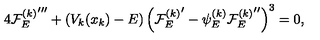
4 { { \cal F } _ { E } ^ { ( k ) } } ^ { \prime \prime \prime } + ( V _ { k } ( x _ { k } ) - E ) \left( { { \cal F } _ { E } ^ { ( k ) } } ^ { \prime } - \psi _ { E } ^ { ( k ) } { { \cal F } _ { E } ^ { ( k ) } } ^ { \prime \prime } \right) ^ { 3 } = 0 ,